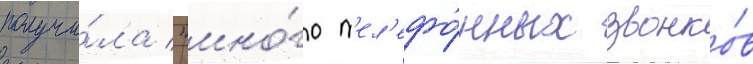
получи́ла "мно́го т'ел'ефо́нных звонко́в